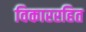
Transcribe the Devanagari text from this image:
विकाररहित